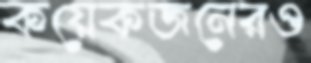
কয়েকজনেরও